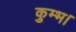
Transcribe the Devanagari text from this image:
कुम्भ।